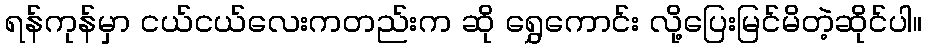
ရန်ကုန်မှာ ငယ်ငယ်လေးကတည်းက ဆို ရွှေကောင်း လို့ပြေးမြင်မိတဲ့ဆိုင်ပါ။